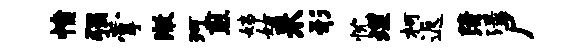
愤强掌澈珂煎姨姑来形忱埋柯返蒲渌尸